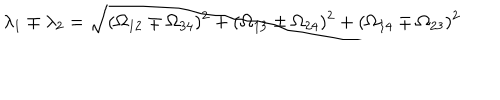
\lambda _ { 1 } \mp \lambda _ { 2 } = \sqrt { ( \Omega _ { 1 2 } \mp \Omega _ { 3 4 } ) ^ { 2 } + ( \Omega _ { 1 3 } \pm \Omega _ { 2 4 } ) ^ { 2 } + ( \Omega _ { 1 4 } \mp \Omega _ { 2 3 } ) ^ { 2 } }